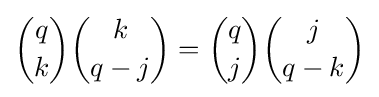
{q \choose k}{k \choose {q-j}}={q \choose j}{j \choose {q-k}}